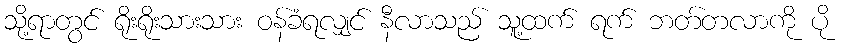
သို့ရာတွင် ရိုးရိုးသားသား ဝန်ခံရလျှင် နီလာသည် သူ့ထက် ရက် ဘတ်တလာကို ပို